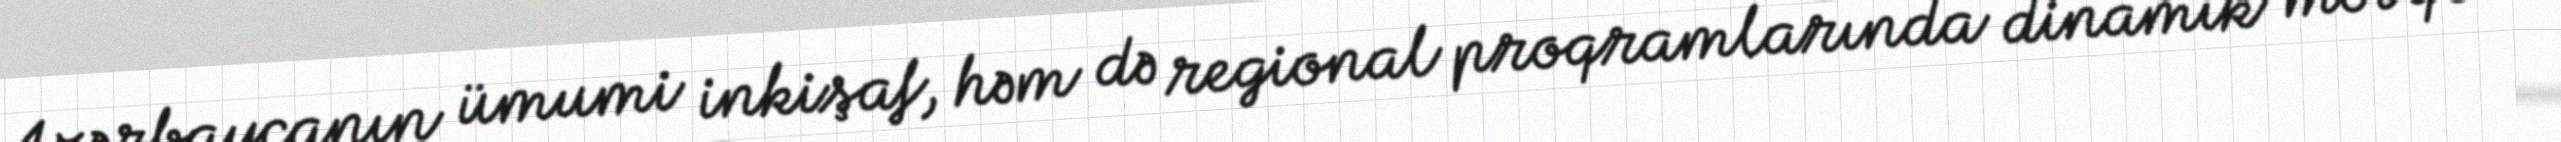
Azərbaycanın ümumi inkişaf, həm də regional proqramlarında dinamik mövqe